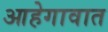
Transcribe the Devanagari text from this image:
आहेगावात